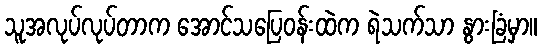
သူအလုပ်လုပ်တာက အောင်သပြေဝန်းထဲက ရဲသက်သာ နွားခြံမှာ။